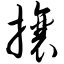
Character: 攮